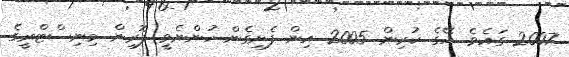
2007 ގައެވެ. އޭގެ ކުރިން 2005 އިން ފެށިގެން ހުންނެވީ ފޮރިން މިނިސްޓްރީގެ